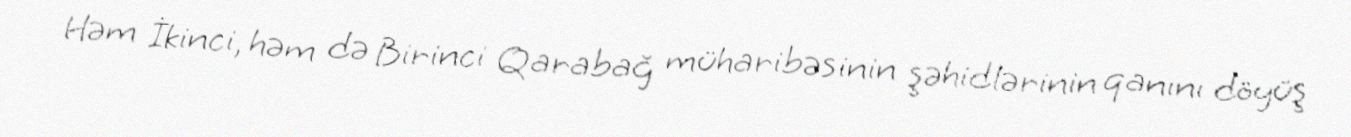
Həm İkinci, həm də Birinci Qarabağ müharibəsinin şəhidlərinin qanını döyüş